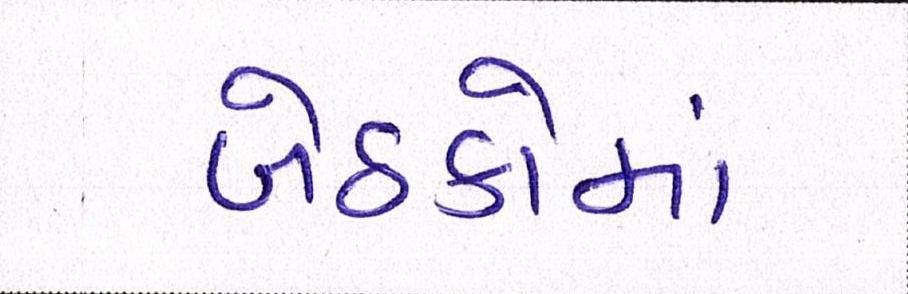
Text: બેઠકોમાં